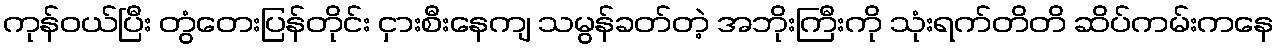
ကုန်ဝယ်ပြီး တွံတေးပြန်တိုင်း ငှားစီးနေကျ သမွန်ခတ်တဲ့ အဘိုးကြီးကို သုံးရက်တိတိ ဆိပ်ကမ်းကနေ